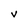
Character: V